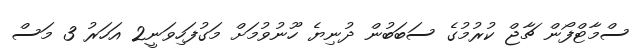
ސްމާޓްފޯން ޗާޖް ކުރުމުގެ ސަބަބުން ދުނިޔެ ހޫނުވުމަށް މަގުފަހިވަނީ2 އަހަރު 3 މަސް